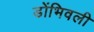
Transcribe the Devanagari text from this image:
डोंभिवली